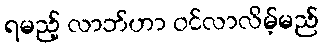
ရမည့် လာဘ်ဟာ ဝင်လာလိမ့်မည်